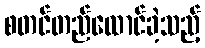
စတင်တည်ထောင်ခဲ့သည့်